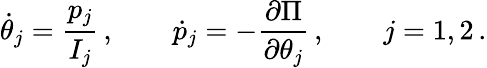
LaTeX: \dot{\theta}_{j}=\frac{p_{j}}{I_{j}}\, ,\qquad\dot{p}_{j}=-\frac{\partial\Pi}{\partial\theta_{j}}\, ,\qquad j=1,2\, .